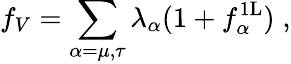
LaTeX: f_{V}=\sum_{\alpha=\mu,\tau}\lambda_{\alpha}(1+f_{\alpha}^{\mathrm{1L}})\; ,